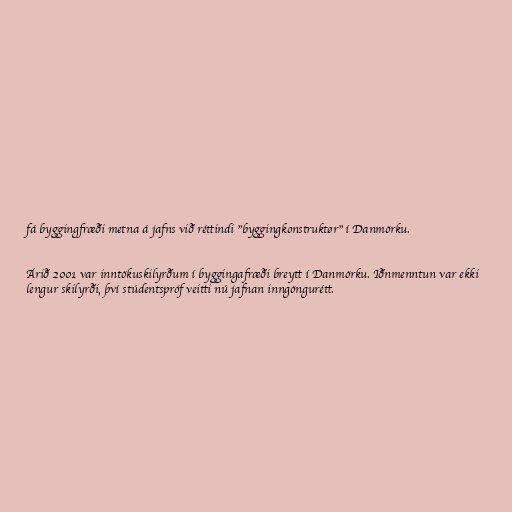
fá byggingfræði metna á jafns við réttindi "byggingkonstruktør" í Danmörku.

Árið 2001 var inntökuskilyrðum í byggingafræði breytt í Danmörku. Iðnmenntun var ekki
lengur skilyrði, því stúdentspróf veitti nú jafnan inngöngurétt.